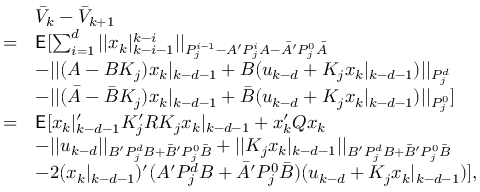
\begin{array} { r l } & { \bar { V } _ { k } - \bar { V } _ { k + 1 } } \\ { = } & { { \mathsf E } [ \sum _ { i = 1 } ^ { d } | | x _ { k } | _ { k - i - 1 } ^ { k - i } | | _ { P _ { j } ^ { i - 1 } - A ^ { \prime } P _ { j } ^ { i } A - \bar { A } ^ { \prime } P _ { j } ^ { 0 } \bar { A } } } \\ & { - | | ( A - B K _ { j } ) x _ { k } | _ { k - d - 1 } + B ( u _ { k - d } + K _ { j } x _ { k } | _ { k - d - 1 } ) | | _ { P _ { j } ^ { d } } } \\ & { - | | ( \bar { A } - \bar { B } K _ { j } ) x _ { k } | _ { k - d - 1 } + \bar { B } ( u _ { k - d } + K _ { j } x _ { k } | _ { k - d - 1 } ) | | _ { P _ { j } ^ { 0 } } ] } \\ { = } & { { \mathsf E } [ x _ { k } | _ { k - d - 1 } ^ { \prime } K _ { j } ^ { \prime } R K _ { j } x _ { k } | _ { k - d - 1 } + x _ { k } ^ { \prime } Q x _ { k } } \\ & { - | | u _ { k - d } | | _ { B ^ { \prime } P _ { j } ^ { d } B + \bar { B } ^ { \prime } P _ { j } ^ { 0 } \bar { B } } + | | K _ { j } x _ { k } | _ { k - d - 1 } | | _ { B ^ { \prime } P _ { j } ^ { d } B + \bar { B } ^ { \prime } P _ { j } ^ { 0 } \bar { B } } } \\ & { - 2 ( x _ { k } | _ { k - d - 1 } ) ^ { \prime } ( A ^ { \prime } P _ { j } ^ { d } B + \bar { A } ^ { \prime } P _ { j } ^ { 0 } \bar { B } ) ( u _ { k - d } + K _ { j } x _ { k } | _ { k - d - 1 } ) ] , } \end{array}